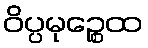
ဝိပ္ပမုဉ္စေထ